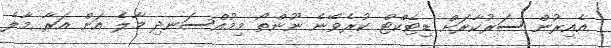
އެއިރުން ސަރުކާރަށް ޑިޓެކްޓް ކުރެވޭނެ ނޫންތޯ މިމުއްސަނދި މާލެ އަށް އަރާ މާލެ